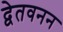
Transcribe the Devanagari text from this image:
द्वेतवनन